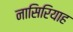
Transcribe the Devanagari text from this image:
नासिरियाह